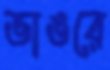
ভাঙরে